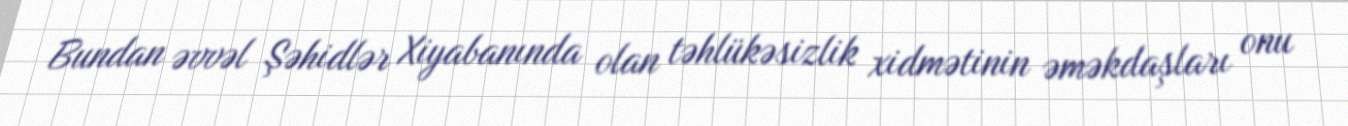
Bundan əvvəl Şəhidlər Xiyabanında olan təhlükəsizlik xidmətinin əməkdaşları onu